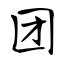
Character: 团